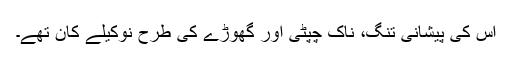
اس کی پیشانی تنگ، ناک چپٹی اور گھوڑے کی طرح نوکیلے کان تھے۔